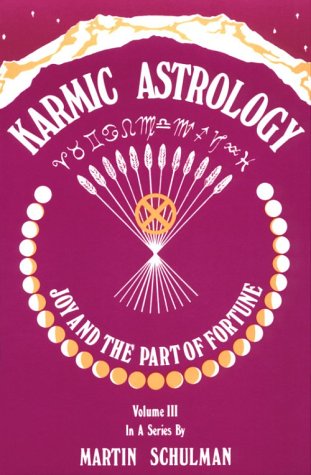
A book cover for Karmic Astrology: Joy and the Part of Fortune [Volume III]; Martin Schulman; Religion & Spirituality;